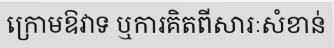
ក្រោមឱវាទ ឬការគិតពីសារៈសំខាន់